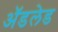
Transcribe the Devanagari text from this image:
अॅडलेड